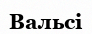
Вальсі